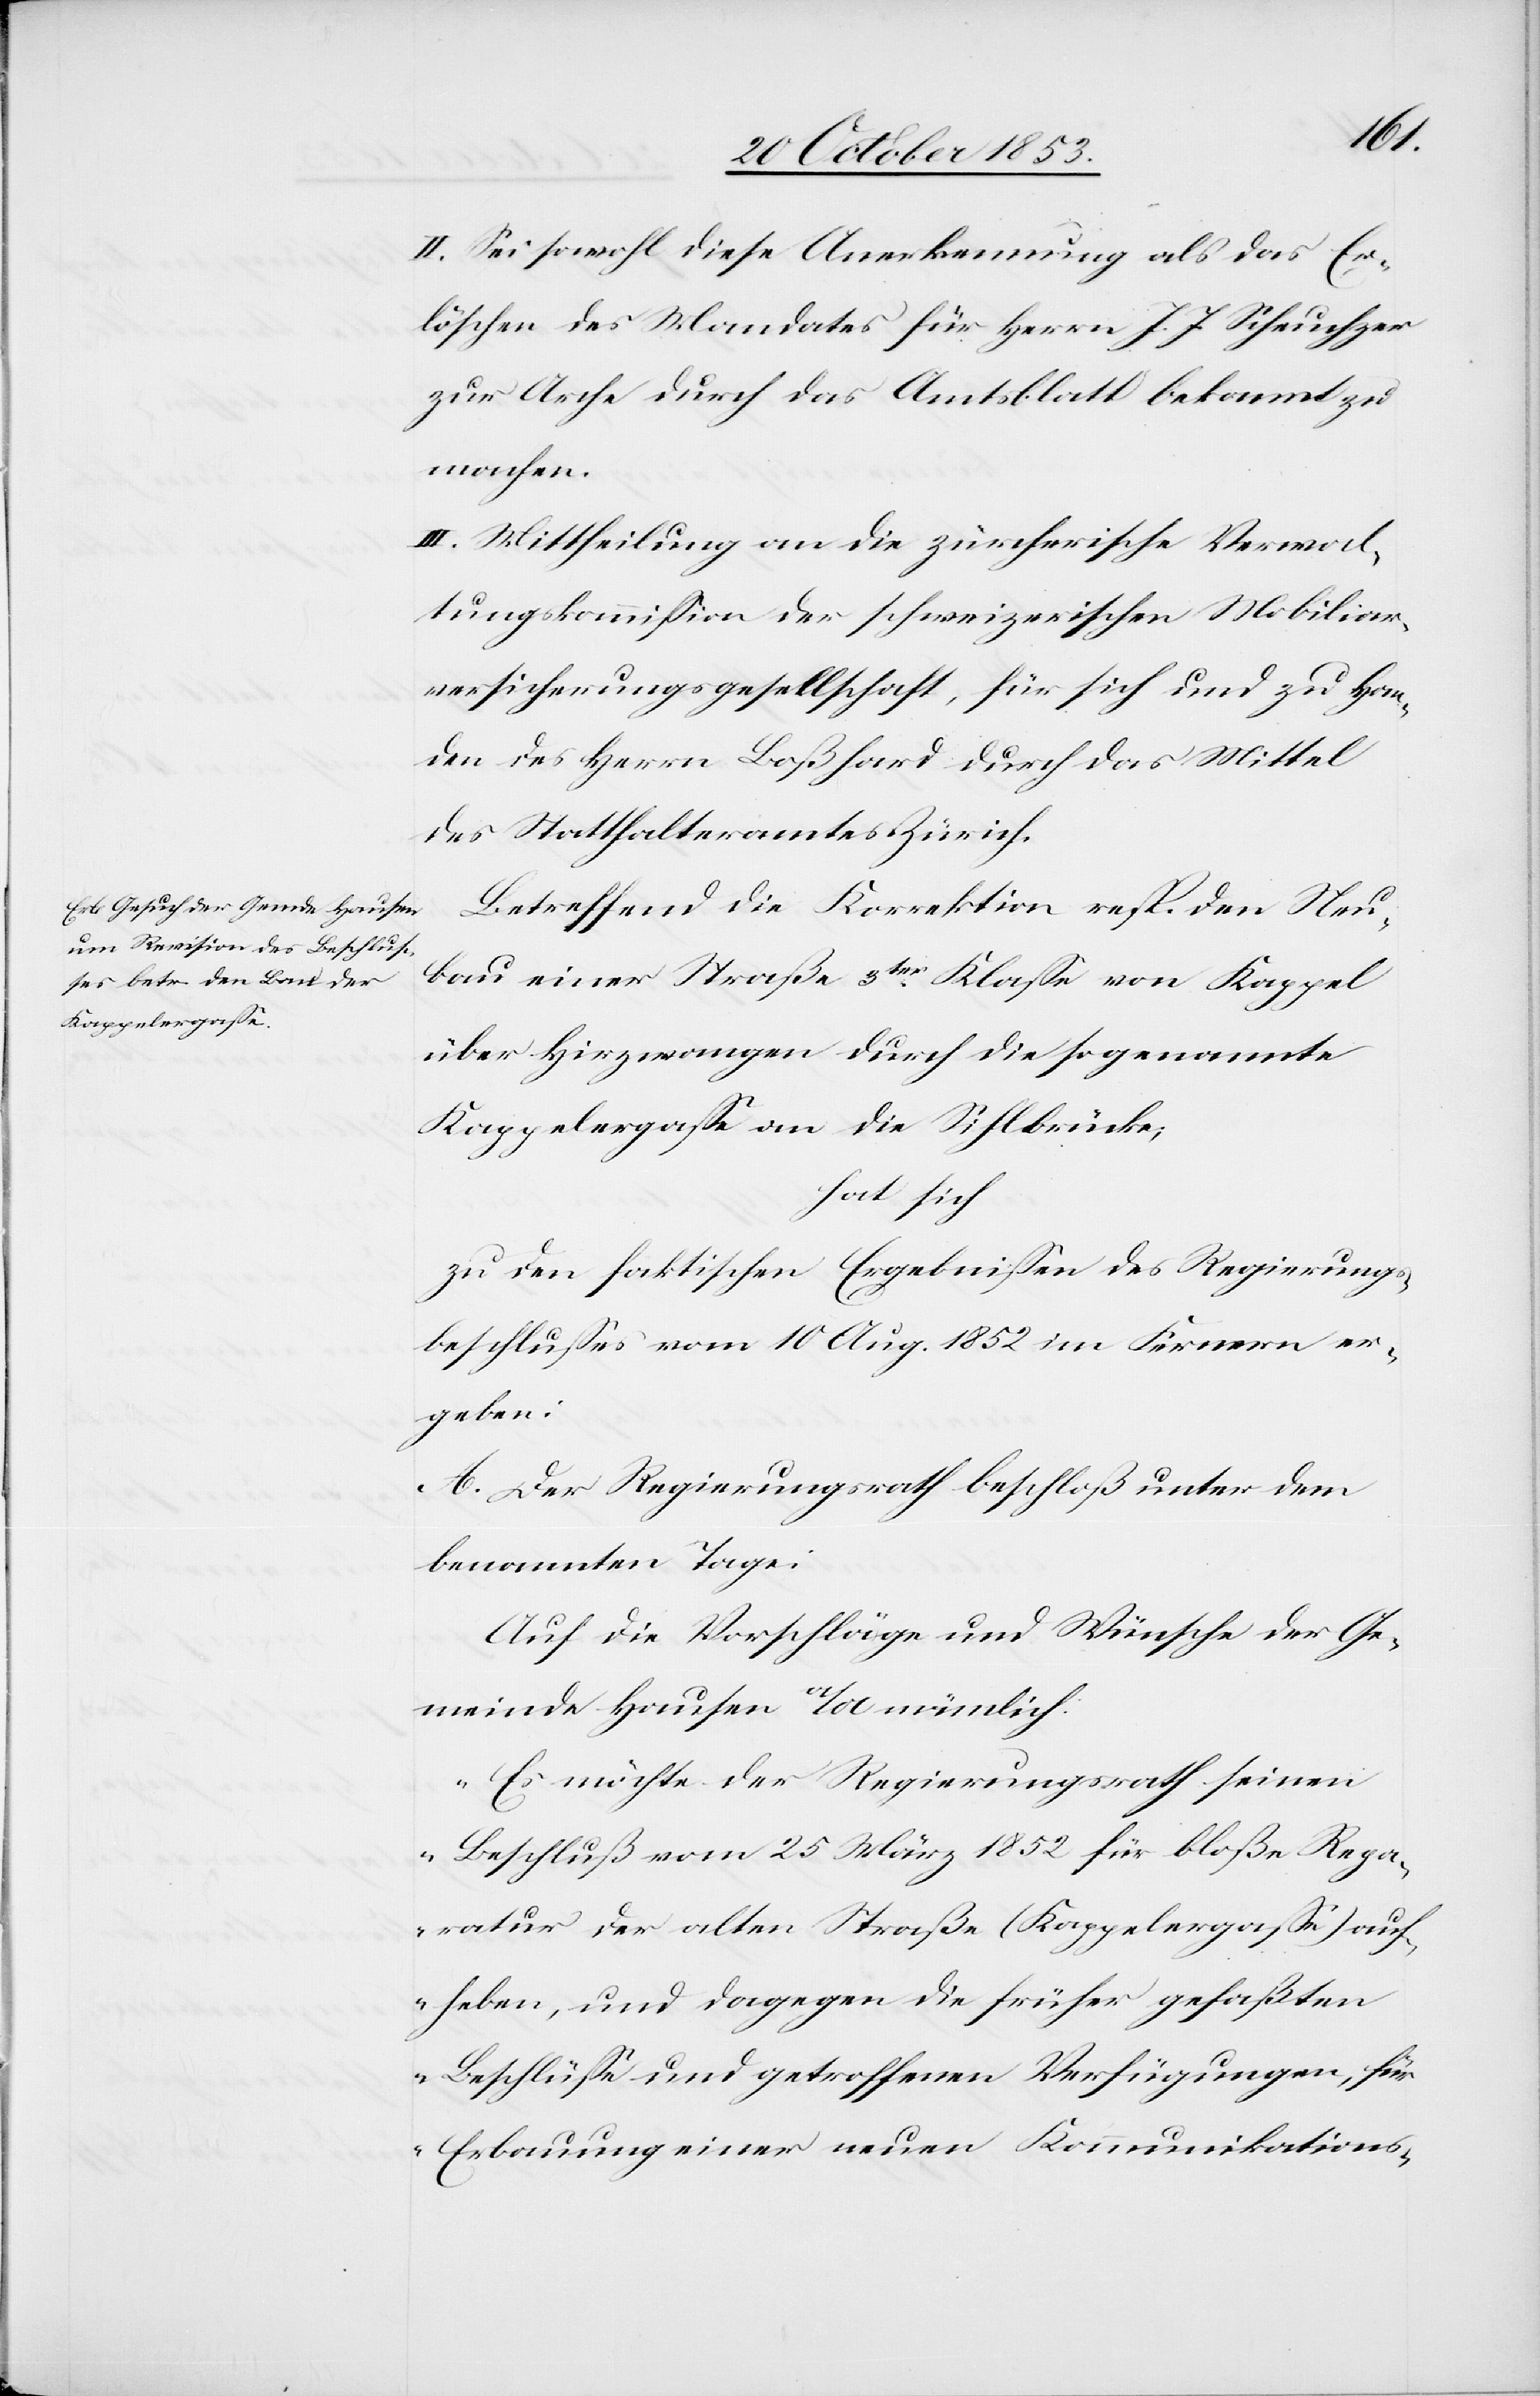
II. Sei sowohl diese Anerkennung als das Er¬
löschen des Mandates für Herrn J. J. Scheuchzer
zur Arche durch das Amtsblatt bekannt zu
machen.
III. Mittheilung an die zürcherische Verwal¬
tungskommißion der schweizerischen Mobiliar¬
versicherungsgesellschaft, für sich und zu Han¬
den des Herrn Boßhard durch das Mittel
des Statthalteramtes Zürich.
Betreffend die Korrektion resp. den Neu¬
bau einer Straße 3ter Klaße von Kappel
über Hirzwangen durch die sogenannten
Kappelergaße an die Sihlbrücke,
hat sich
zu den faktischen Ergebnißen des Regierungs¬
beschlußes vom 10 Aug. 1852 im Fernern er¬
geben:
A. Der Regierungsrath beschloß unter den
benannten Tagen:
Auf die Vorschläge und Wünsche der Ge¬
meinde Hausen a/A nämlich:
„Es möchte der Regierungsrath seinen
Beschluß vom 25 März 1852 für bloße Repa¬
ratur der alten Straße (Kappelergaße) auf¬
heben, und dagegen die früher gefaßten
Beschlüße und getroffenen Verfügungen, für
Erbauung einer neuen Kommunikations-